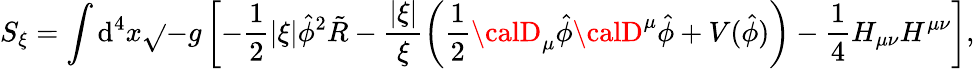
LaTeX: S_{\xi}=\int\mathrm{d}^{4}x\sqrt{}{{-g}}\left[-{\frac{{1}}{{2}}}|\xi|\hat{{\phi}}^{2}\tilde{{R}}-\frac{{|\xi|}}{{\xi}}\left({\frac{{1}}{{2}}}{\calD}_{\mu}\hat{{\phi}}{\calD}^{\mu}\hat{{\phi}}+V(\hat{{\phi}})\right)-{\frac{{1}}{{4}}}H_{\mu\nu}H^{\mu\nu}\right],